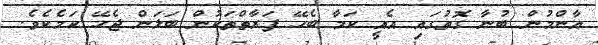
އާންމުން ބުނާ ގޮތުގައި އެއީ ކަމާ ބެހޭ ފަރާތްތަކުން ބަލަން ޖެހޭ ކަމެކެވެ.